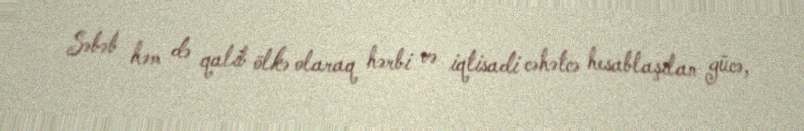
Səbəb həm də qalib ölkə olaraq hərbi və iqtisadi cəhətcə hesablaşılan gücə,